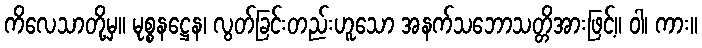
ကိလေသာတို့မှ။ မုစ္စနဋ္ဌေန၊ လွတ်ခြင်းတည်းဟူသော အနက်သဘောသတ္တိအားဖြင့်။ ဝါ၊ ကား။